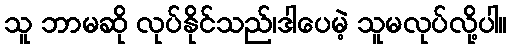
သူ ဘာမဆို လုပ်နိုင်သည်၊ဒါပေမဲ့ သူမလုပ်လို့ပါ။